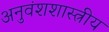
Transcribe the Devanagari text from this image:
अनुवंशशास्त्रीय